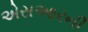
એસઆરની